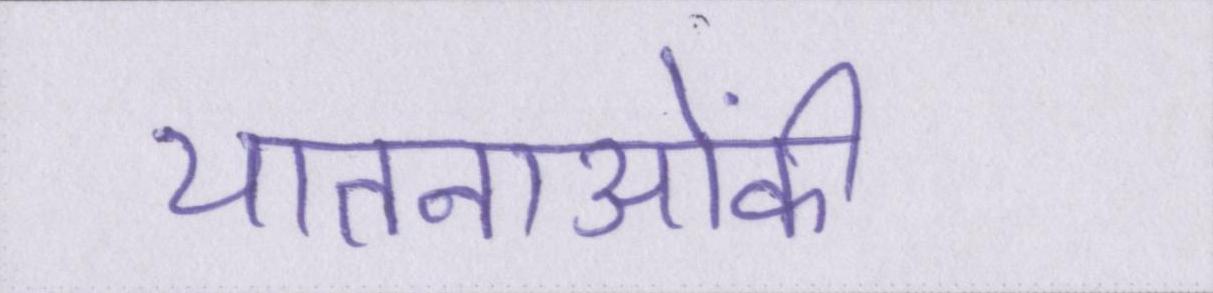
यातनाओंकी